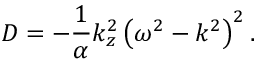
D = - { \frac { 1 } { \alpha } } k _ { z } ^ { 2 } \left( \omega ^ { 2 } - k ^ { 2 } \right) ^ { 2 } .